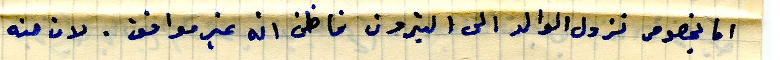
اما بخصوص نزول الوالد الى البترون فاظن انه غير موافق . لان حنه